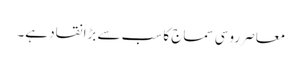
معاصر روسی سماج کا سب سے بڑا نقاد ہے۔